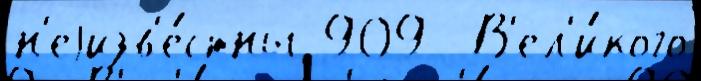
н'еjизв'е́стны 909  В'ел'и́кого